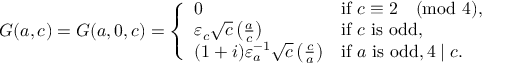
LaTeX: G ( a , c ) = G ( a , 0 , c ) = { \left\{ \begin{array} { l l } { 0 } & { { \mathrm { i f } } \ c \equiv 2 { \pmod { 4 } } , } \\ { \varepsilon _ { c } { \sqrt { c } } \left( { \frac { a } { c } } \right) } & { { \mathrm { i f } } \ c \ { \mathrm { i s ~ o d d } } , } \\ { ( 1 + i ) \varepsilon _ { a } ^ { - 1 } { \sqrt { c } } \left( { \frac { c } { a } } \right) } & { { \mathrm { i f } } \ a \ { \mathrm { i s ~ o d d } } , 4 \mid c . } \end{array} \right. }